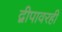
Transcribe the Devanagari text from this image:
द्वीपावरही